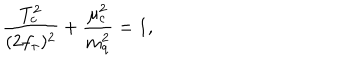
\frac { T _ { c } ^ { 2 } } { ( 2 f _ { \pi } ) ^ { 2 } } + \frac { \mu _ { c } ^ { 2 } } { m _ { q } ^ { 2 } } = 1 ,